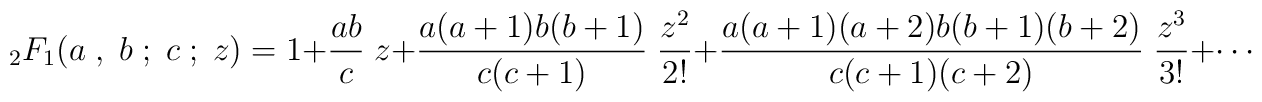
{}_2F_1(a\; ,\; b\; ;\; c\; ;\; z) = 1 +{ab\over c}\; z + {a(a+1)b(b+1)\over c(c+1)}\; {z^2\over 2!} + {a(a+1)(a+2)b(b+1)(b+2)\over c(c+1)(c+2)}\; {z^3\over 3!} + \cdots